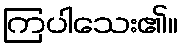
ကြပါသေး၏။